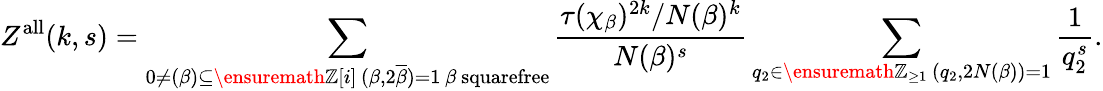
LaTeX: Z^{\mathrm{all}}(k,s)=\sum_{\substack{0\neq(\beta)\subseteq\ensuremath{\mathbb Z}[i]\, (\beta,2\overline{{\beta}})=1\, \beta\mathrm{~squarefree}}}\frac{\tau(\chi_{\beta})^{2k}/N(\beta)^{k}}{N(\beta)^{s}}\sum_{\substack{q_{2}\in\ensuremath{\mathbb Z}_{\geq 1}\, (q_{2},2N(\beta))=1}}\frac{1}{q_{2}^{s}}.